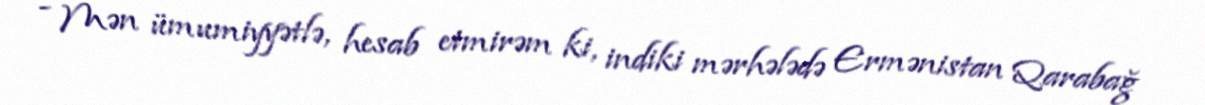
- Mən ümumiyyətlə, hesab etmirəm ki, indiki mərhələdə Ermənistan Qarabağ